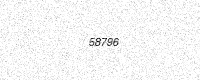
Text: 58796